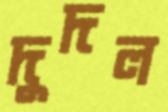
দুদল